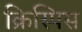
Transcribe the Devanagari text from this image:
क्रिस्पिस